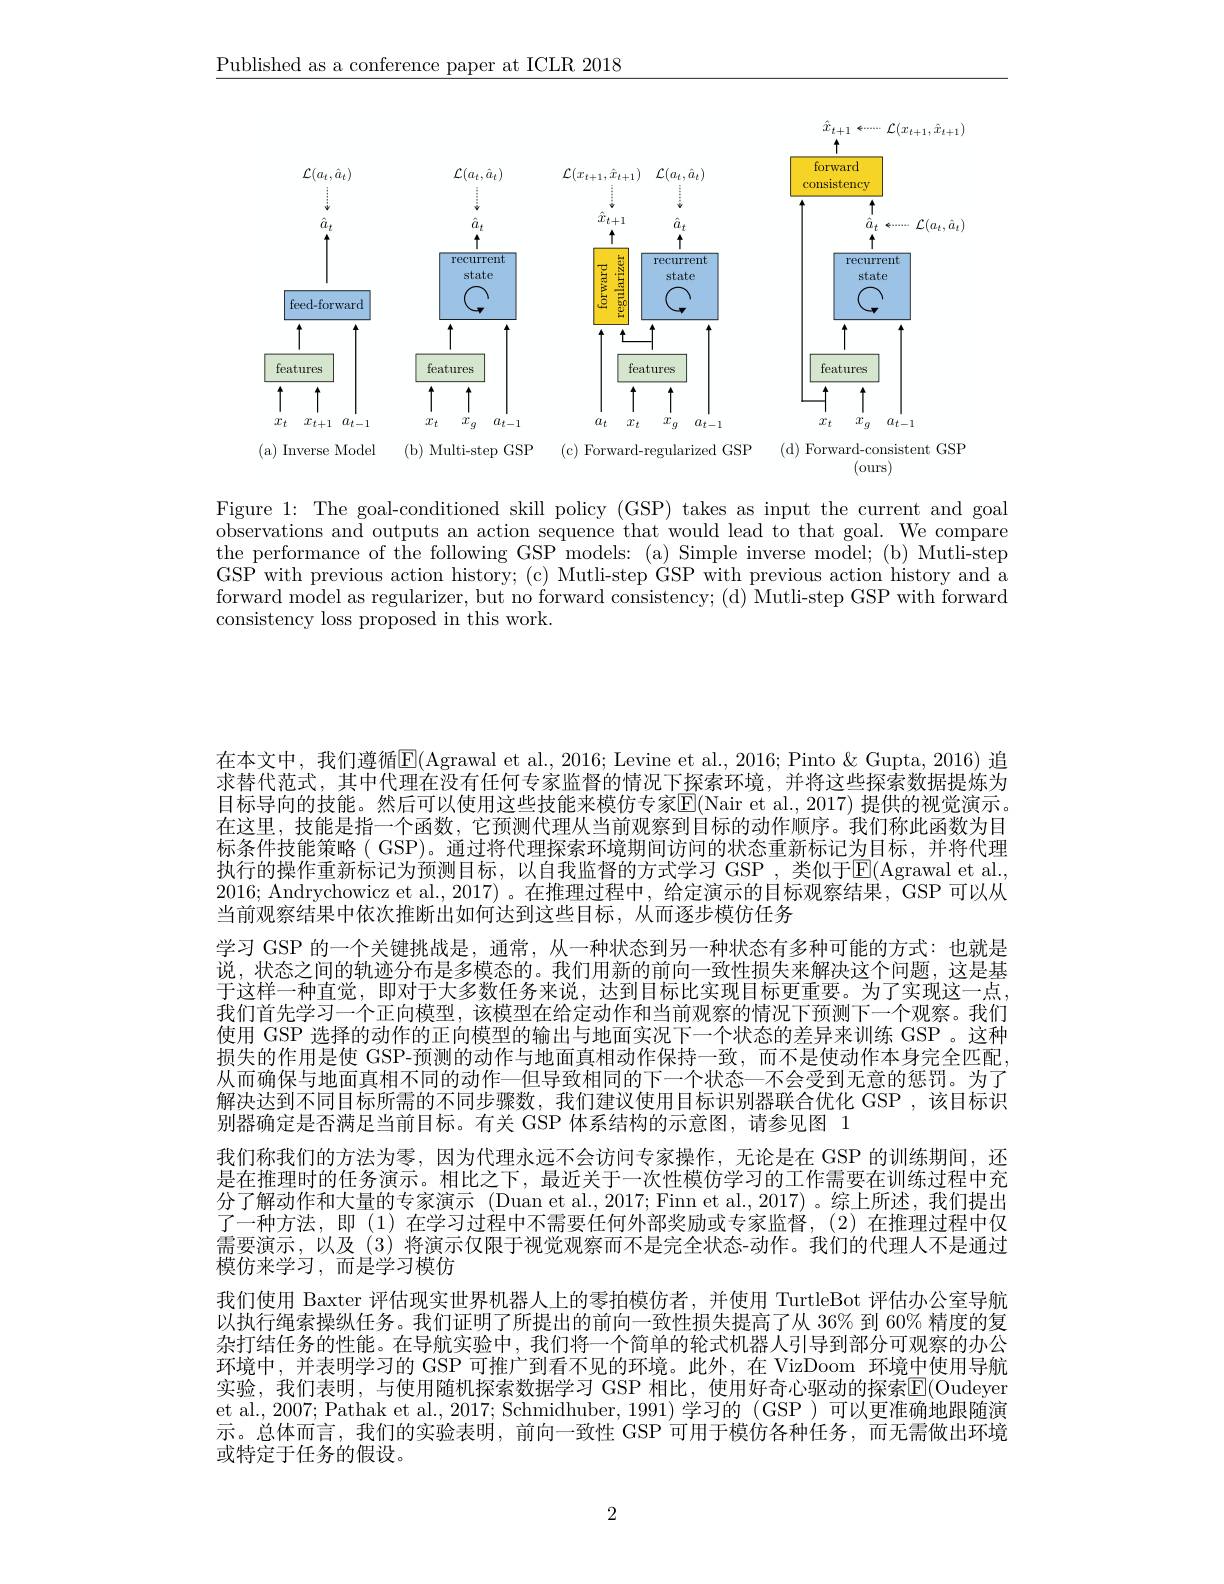
$\underline{\text{Published as a conference paper at ICLR 2018}}$

<FigureHere>
(d) Forward-consistent GSP

( a) Inverse Model
(b) Multi-step GSP (c) Forward-regularized GSP

(ours)

Figure 1: The goal-conditioned skill policy (GSP) takes as input the current and goal observations and outputs an action sequence that would lead to that goal. We compare the performance of the following GSP models: (a) Simple inverse model; (b) Mutli-step GSP with previous action history; (c) Mutli-step GSP with previous action history and a forward model as regularizer, but no forward consistency; (d) Mutli-step GSP with forward consistency loss proposed in this work.

在本文中，我们遵循$\overline{\mathrm{E}}($Agrawal et al., 2016; Levine et al., 2016; Pinto & Gupta, 2016) 追求替代范式，其中代理在没有任何专家监督的情况下探索环境，并将这些探索数据提炼为目标导向的技能。然后可以使用这些技能来模仿专家E(Nair et al., 2017) 提供的视觉演示， 在这里，技能是指一个函数，它预测代理从当前观察到目标的动作顺序。我们称此函数为目标条件技能策略( GSP)。通过将代理探索环境期间访问的状态重新标记为目标，并将代理执行的操作重新标记为预测目标，以自我监督的方式学习 GSP ,类似于$\overline{\mathrm{E}}($Agrawal et al. 2016; Andrychowicz et al., 2017) 。在推理过程中，给定演示的目标观察结果，GSP 可以从当前观察结果中依次推断出如何达到这些目标，从而逐步模仿任务
学习 GSP 的一个关键挑战是，通常，从一种状态到另一种状态有多种可能的方式：也就是说，状态之间的轨迹分布是多模态的。我们用新的前向一致性损失来解决这个问题，这是基于这样一种直觉，即对于大多数任务来说，达到目标比实现目标更重要。为了实现这一点， 我们首先学习一个正向模型，该模型在给定动作和当前观察的情况下预测下一个观察。我们使用 GSP 选择的动作的正向模型的输出与地面实况下一个状态的差异来训练 GSP 。这种损失的作用是使 GSP-预测的动作与地面真相动作保持一致，而不是使动作本身完全匹配， 从而确保与地面真相不同的动作一但导致相同的下一个状态—不会受到无意的惩罚。为了解决达到不同目标所需的不同步骤数，我们建议使用目标识别器联合优化 GSP ,该目标识别器确定是否满足当前目标。有关 GSP 体系结构的示意图，请参见图 1
我们称我们的方法为零，因为代理永远不会访问专家操作，无论是在 GSP 的训练期间，还是在推理时的任务演示。相比之下，最近关于一次性模仿学习的工作需要在训练过程中充分了解动作和大量的专家演示 (Duan et al.,2017;Finn et al.,2017)。综上所述，我们提出了一种方法，即(1)在学习过程中不需要任何外部奖励或专家监督，(2)在推理过程中仅需要演示，以及 (3) 将演示仅限于视觉观察而不是完全状态-动作。我们的代理人不是通过模仿来学习，而是学习模仿
我们使用 Baxter 评估现实世界机器人上的零拍模仿者，并使用 TurtleBot 评估办公室导航以执行绳索操纵任务。我们证明了所提出的前向一致性损失提高了从 36% 到 60% 精度的复杂打结任务的性能。在导航实验中，我们将一个简单的轮式机器人引导到部分可观察的办公环境中，并表明学习的 GSP 可推广到看不见的环境。此外，在 VizDoom 环境中使用导航实验，我们表明，与使用随机探索数据学习 GSP 相比，使用好奇心驱动的探索$\overline{\mathrm{E}}($Oudeyer et al., 2007; Pathak et al., 2017; Schmidhuber, 1991) 学习的 (GSP ) 可以更准确地跟随演示。总体而言，我们的实验表明，前向一致性 GSP 可用于模仿各种任务，而无需做出环境或特定于任务的假设。

2